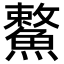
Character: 𩺾